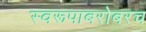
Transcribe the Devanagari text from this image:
स्वरूपाबरोबरच